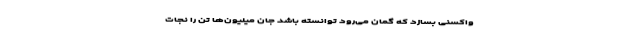
واکسنی بسازد که گمان می‌رود توانسته باشد جان میلیون‌ها تن را نجات